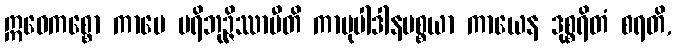
ဣဓေကစ္စော ကာမေ ပရိဘုဉ္ဇိဿာမီတိ ကာမုပါဒါနပစ္စယာ ကာယေန ဒုစ္စရိတံ စရတိ,